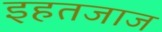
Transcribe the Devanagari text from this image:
इहतजाज